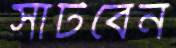
সাঁটবেন